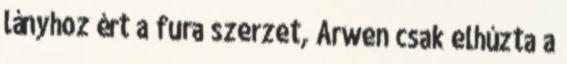
lányhoz ért a fura szerzet, Arwen csak elhúzta a